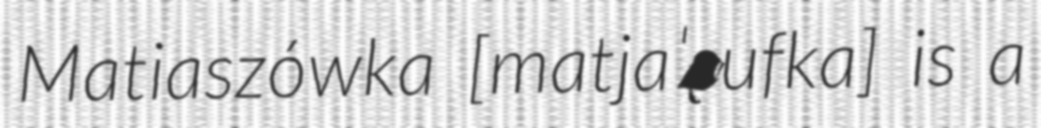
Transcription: Matiaszówka [matjaˈʂufka] is a